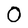
Character: 0